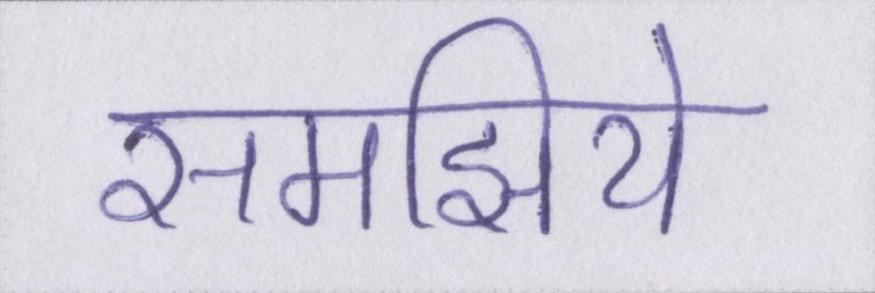
समझिये